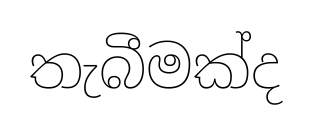
තැබීමක්ද